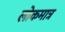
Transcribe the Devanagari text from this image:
लोकमात्र